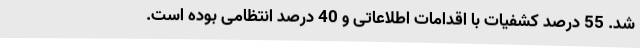
شد. 55 درصد کشفیات با اقدامات اطلاعاتی و 40 درصد انتظامی بوده است.